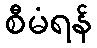
စီမံရန်